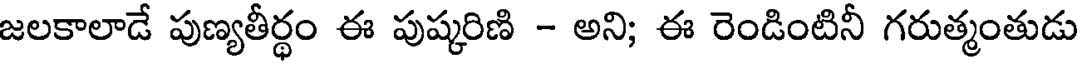
జలకాలాడే పుణ్యతీర్థం ఈ పుష్కరిణి - అని; ఈ రెండింటినీ గరుత్మంతుడు